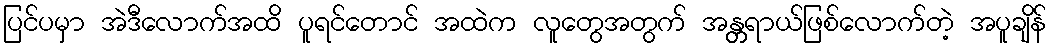
ပြင်ပမှာ အဲဒီလောက်အထိ ပူရင်တောင် အထဲက လူတွေအတွက် အန္တ္တရာယ်ဖြစ်လောက်တဲ့ အပူချိန်